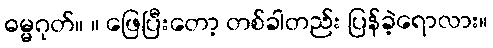
ဓမ္မဂုတ်။ ။ ဖြေပြီးတော့ တစ်ခါတည်း ပြန်ခဲ့ရောလား။